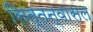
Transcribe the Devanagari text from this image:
सित्तन्वासल